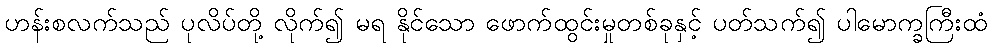
ဟန်းစလက်သည် ပုလိပ်တို့ လိုက်၍ မရ နိုင်သော ဖောက်ထွင်းမှုတစ်ခုနှင့် ပတ်သက်၍ ပါမောက္ခကြီးထံ